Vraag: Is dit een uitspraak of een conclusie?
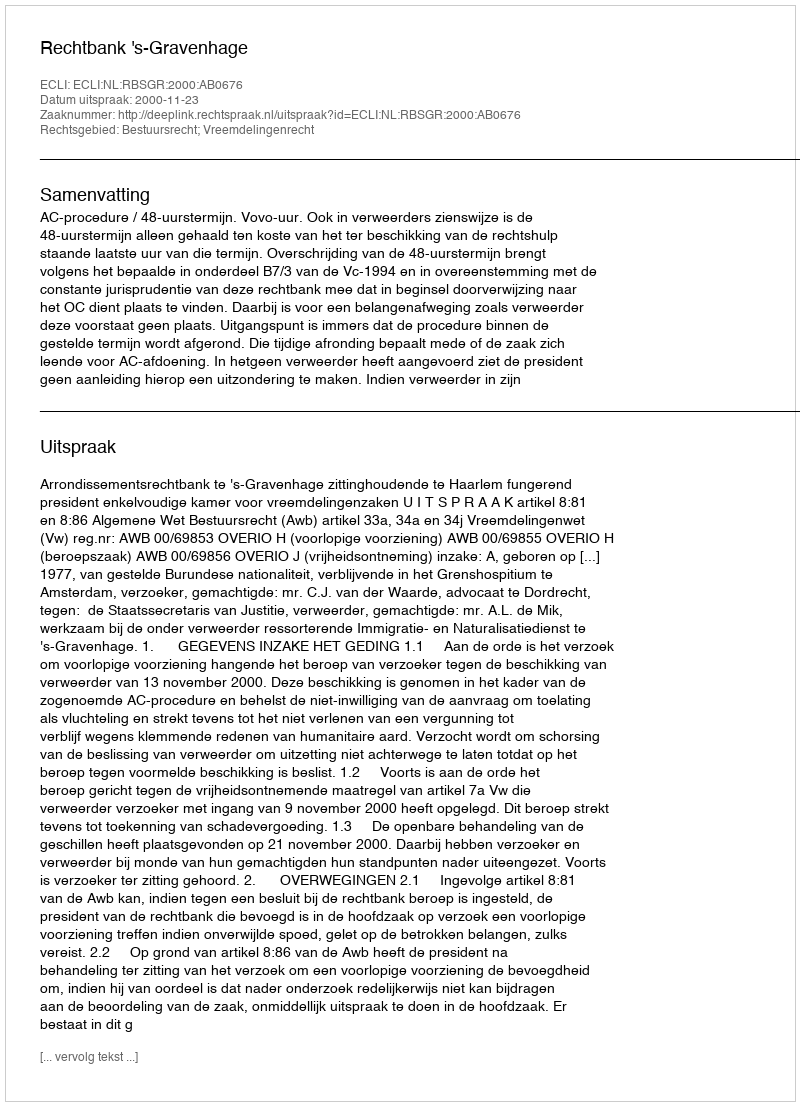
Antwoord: Uitspraak